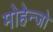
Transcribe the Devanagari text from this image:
मोहेन्जो